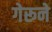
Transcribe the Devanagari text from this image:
गेरूने